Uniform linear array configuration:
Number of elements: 16
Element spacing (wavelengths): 0.5
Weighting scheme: hamming
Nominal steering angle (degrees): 30
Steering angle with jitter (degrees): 31.989
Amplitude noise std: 0.05
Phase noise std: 0.05

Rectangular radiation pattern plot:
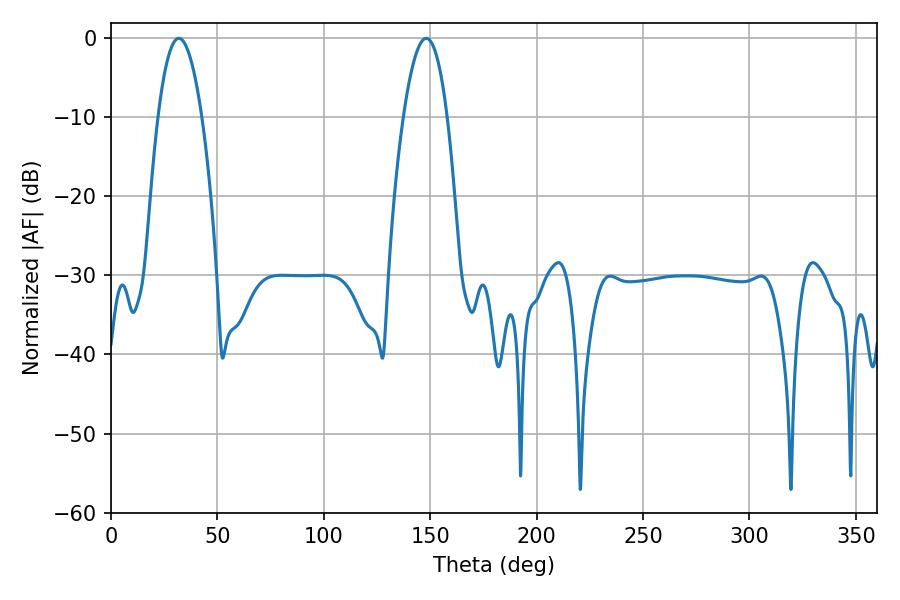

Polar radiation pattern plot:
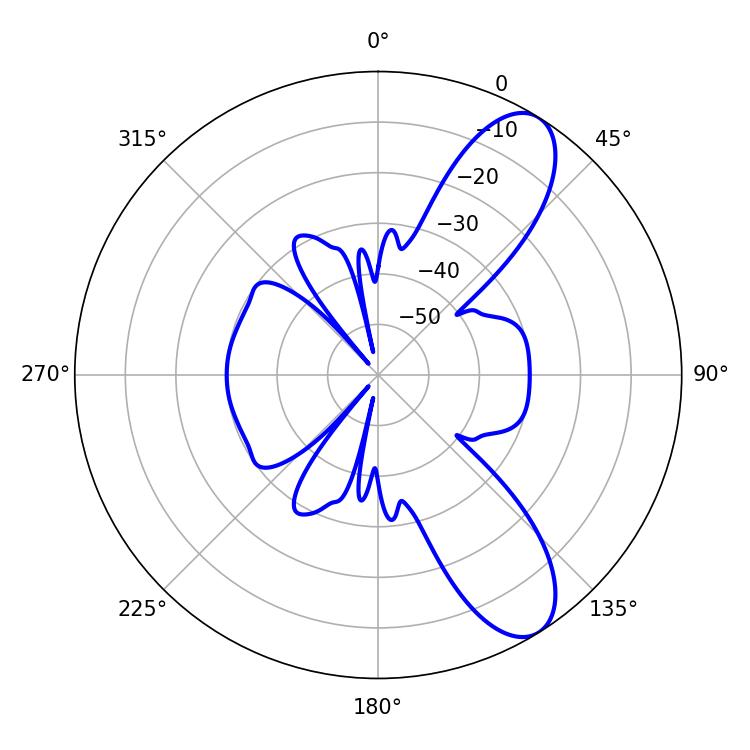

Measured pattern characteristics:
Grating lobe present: FALSE
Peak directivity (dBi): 9.495
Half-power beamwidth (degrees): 11.52
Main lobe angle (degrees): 31.86